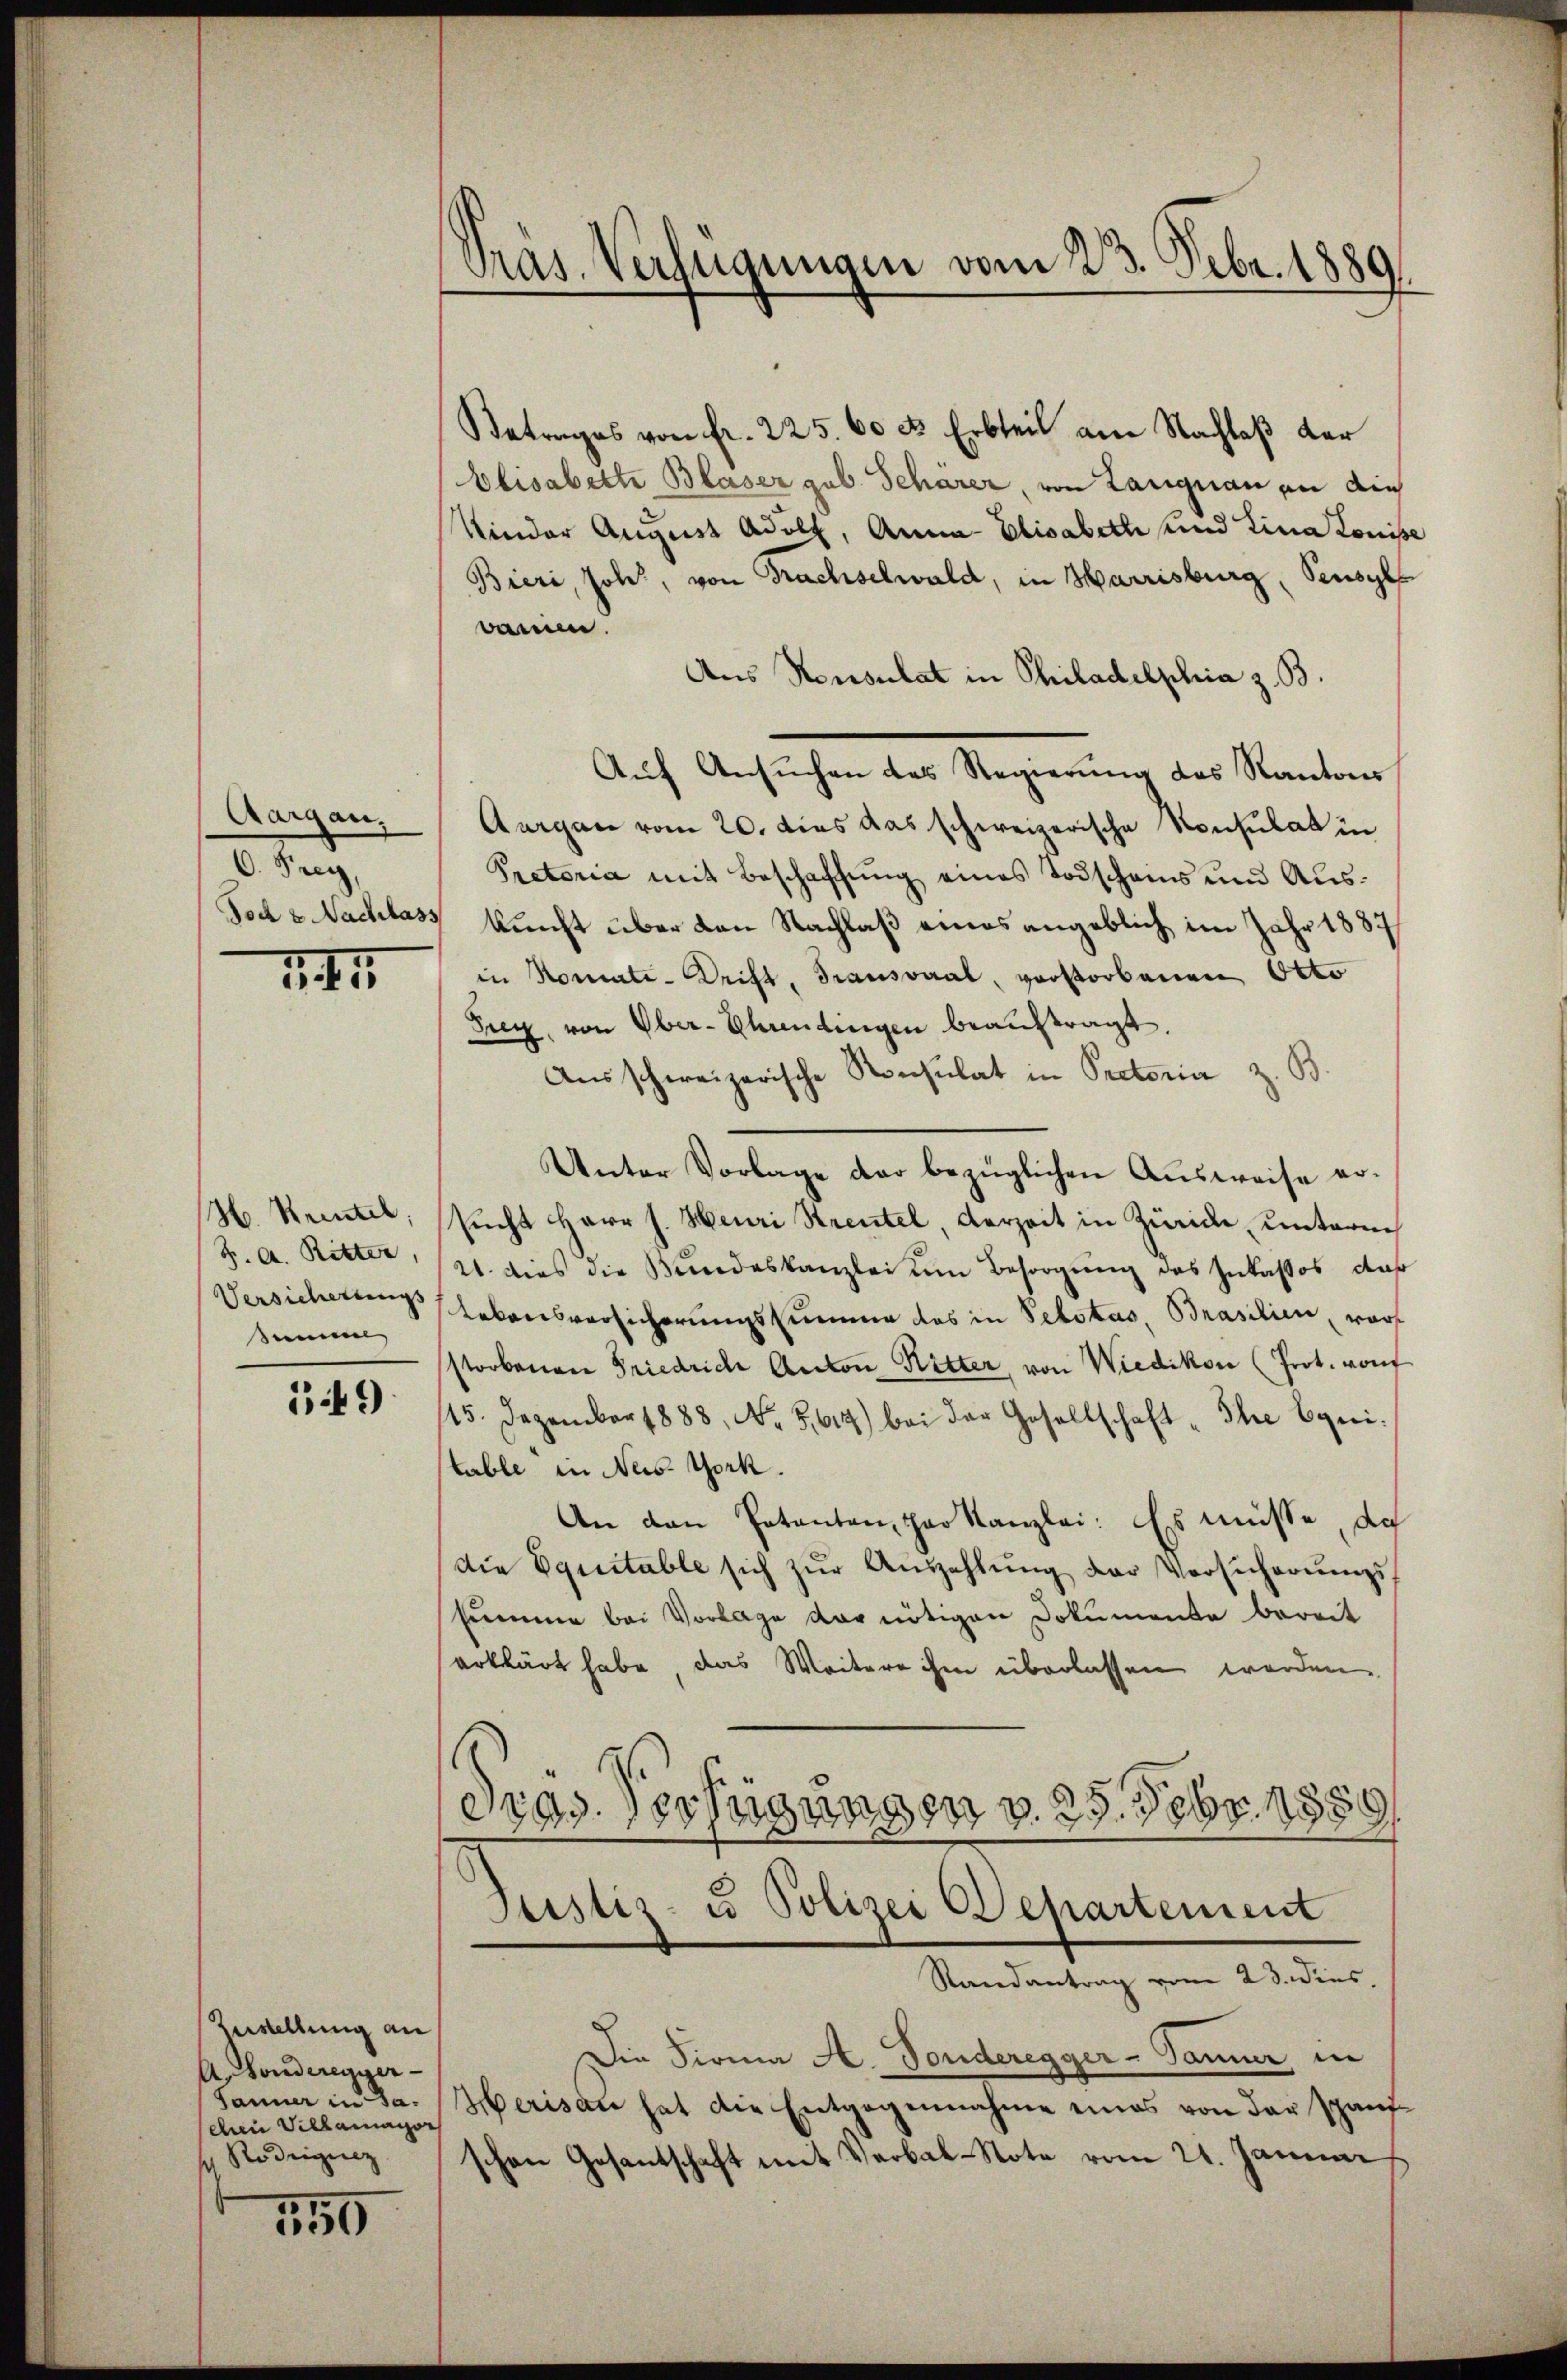
Aargau,
C. Frey,

1.41

H. Krentel,
Semmel

149

Zerstellung an
A. Sonderegger-
d Villamator
 Rodigung

159

Pras. Verfügungen vom 23. Febr. 1889.

Betrages von fr. 225. 60 u. Erbteil am Nachlaß der
Elisabette Blaser gub. Scharer, von Langnau an die
Kinder August Adoll, Anna Elisabeth und Lina Louisse
Bieri, Joh., von Brachselwald, in Harrisburg, Sensyls
vanien.
Aus Konsulat in Philadelphia z. B.
Auf Ansuchen des Regierung des Kantons
Aurgau vom 20. dies das schweizerische Konsulat in
Pretoria mit Beschaffung eines Todschains und Aus¬
Joch v. Nachlass kunft über den Nachlaß eines angeblich im Jahr 1887
in Nomati-Drift, Transsaal, verstorbenen Okto
Frey, von Ober-Ehrendingen beauftragt.
Ausschweizerische Konsulat in Rectoria z. B.
Unter Vorlage der bezüglichen Ausweise ersŭcht Herr J. Heuri Strentel, Verzeit in Zürich unterm
Z. A. Ritter, 2. dies die Bundeskanzlei um Besorgung des Inkassos daß
Versicherten Lebensvorsicherungssumme das in Pestas, Brasilien, warf
sstorbenen Friedrich Anton Ritter, von Wiedikon (Prot. von
15. Dezember 1888, No. 5014) bei der Gesellschaft - Ihre bei:
table in Neis Gork.
An den Patenten, par Kanzlei: Es müsse, da
die Equitable sich zŭr Aŭszahlŭng der Versicherŭngs-
summe bei Vorlage vor nötigen Dokumente bereit
erklärt habe, das Weitere ihm überlassen werden.
dias Verfügungen v. 25. Febr. 1888
Justiz- u Polizei Departement
Randantrag vom 23. dies
Die Firma A. Fonderegger-Tanner in
Sanne in da. Merisau hat die Entgegennahme eines von der Spanfschen Gesantschaft mit Verbal-Note vom 21. Januar